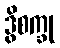
ဒွိစက္ခု